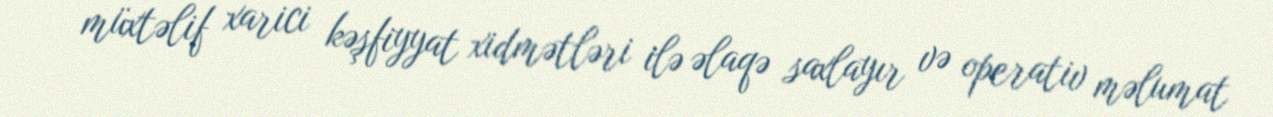
müxtəlif xarici kəşfiyyat xidmətləri ilə əlaqə saxlayır və operativ məlumat